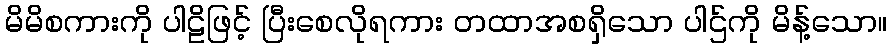
မိမိစကားကို ပါဠိဖြင့် ပြီးစေလိုရကား တထာအစရှိသော ပါဌ်ကို မိန့်သော။